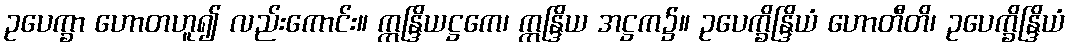
ဥပေက္ခာ ဟောတဟူ၍ လည်းကောင်း။ ဣန္ဒြိယဋ္ဌကေ၊ ဣန္ဒြိယ အဋ္ဌက၌။ ဥပေက္ခိန္ဒြိယံ ဟောတီတိ၊ ဥပေက္ခိန္ဒြိယံ